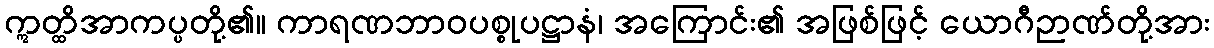
ဣတ္ထိအာကပ္ပတို့၏။ ကာရဏဘာဝပစ္စုပဋ္ဌာနံ၊ အကြောင်း၏ အဖြစ်ဖြင့် ယောဂီဉာဏ်တို့အား